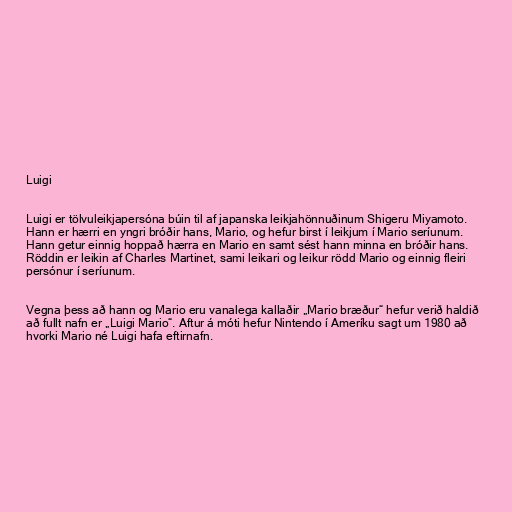
Luigi

Luigi er tölvuleikjapersóna búin til af japanska leikjahönnuðinum Shigeru Miyamoto.
Hann er hærri en yngri bróðir hans, Mario, og hefur birst í leikjum í Mario seríunum.
Hann getur einnig hoppað hærra en Mario en samt sést hann minna en bróðir hans.
Röddin er leikin af Charles Martinet, sami leikari og leikur rödd Mario og einnig fleiri
persónur í seríunum.

Vegna þess að hann og Mario eru vanalega kallaðir „Mario bræður“ hefur verið haldið
að fullt nafn er „Luigi Mario“. Aftur á móti hefur Nintendo í Ameríku sagt um 1980 að
hvorki Mario né Luigi hafa eftirnafn.